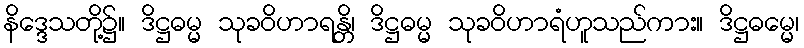
နိဒ္ဒေသတို့၌။ ဒိဋ္ဌဓမ္မ သုခဝိဟာရန္တိ၊ ဒိဋ္ဌဓမ္မ သုခဝိဟာရံဟူသည်ကား။ ဒိဋ္ဌဓမ္မေ၊